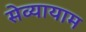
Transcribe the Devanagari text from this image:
सेव्यायाम